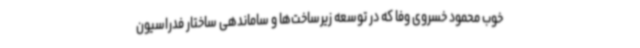
خوب محمود خسروی وفا که در توسعه زیرساخت‌ها و ساماندهی ساختار فدراسیون